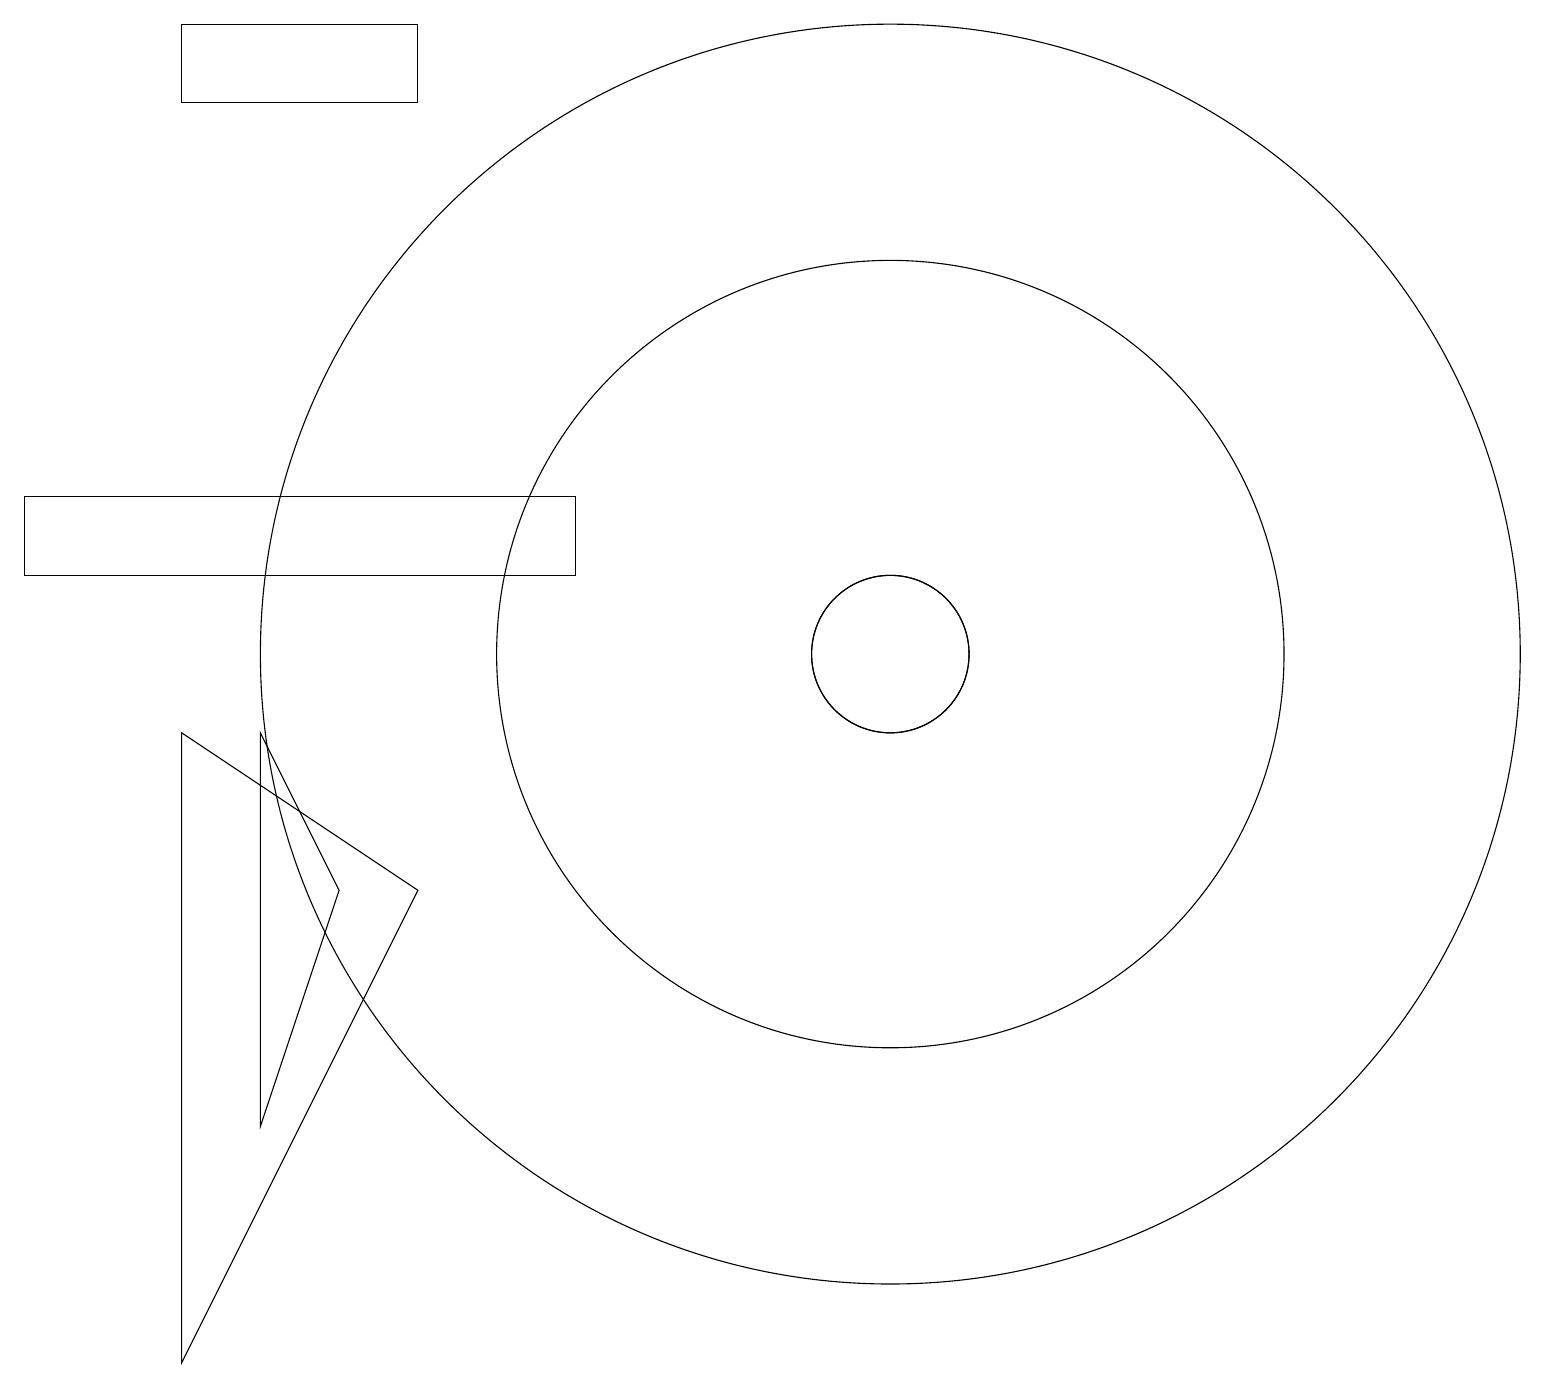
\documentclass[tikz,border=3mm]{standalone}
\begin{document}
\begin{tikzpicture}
\draw (11,10) circle (8);
\draw (11,10) circle (1);
\draw (11,10) circle (5);
\draw (4,7) -- (3,9) -- (3,4) -- cycle;
\draw (2,9) -- (5,7) -- (2,1) -- cycle;
\draw (11,10) circle (1);
\draw (5,18) rectangle (2,17);
\draw (0,11) rectangle (7,12);
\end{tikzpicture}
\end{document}